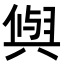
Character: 𭁕